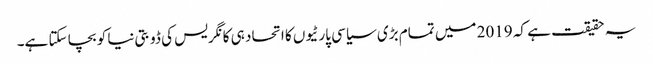
یہ حقیقت ہے کہ 2019 میں تمام بڑی سیاسی پارٹیوں کا اتحاد ہی کانگریس کی ڈوبتی نیا کو بچا سکتا ہے۔